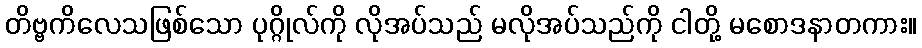
တိဗ္ဗကိလေသဖြစ်သော ပုဂ္ဂိုလ်ကို လိုအပ်သည် မလိုအပ်သည်ကို ငါတို့ မစောဒနာတကား။